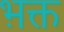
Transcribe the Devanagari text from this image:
भ़क्त